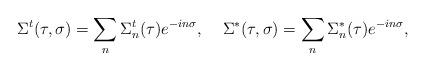
LaTeX: \begin{align*}\Sigma^t(\tau,\sigma)=\sum_n\Sigma^t_n(\tau)e^{-in\sigma},\;\;\;\;\Sigma^*(\tau,\sigma)=\sum_n\Sigma^*_n(\tau)e^{-in\sigma},\end{align*}